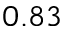
0 . 8 3